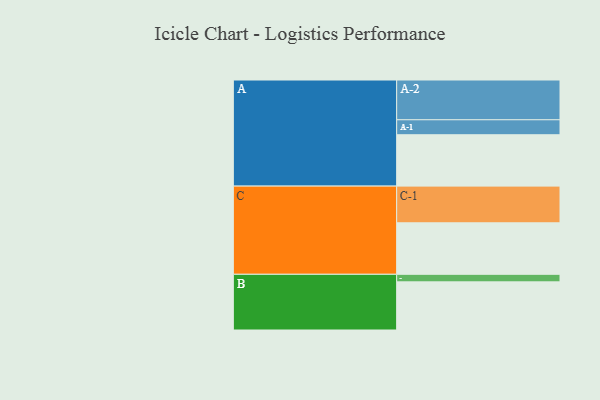
{"axis": {"x": "Segment", "y": "Value"}, "legend": ["", "A", "B", "C"], "data": [{"x": "A", "y": 381, "type": ""}, {"x": "B", "y": 357, "type": ""}, {"x": "C", "y": 382, "type": ""}, {"x": "A-1", "y": 111, "type": "A"}, {"x": "A-2", "y": 295, "type": "A"}, {"x": "B-1", "y": 56, "type": "B"}, {"x": "C-1", "y": 272, "type": "C"}]}